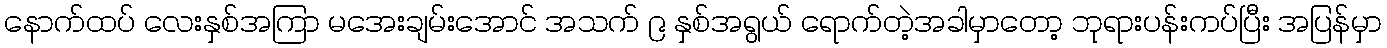
နောက်ထပ် လေးနှစ်အကြာ မအေးချမ်းအောင် အသက် ၉ နှစ်အရွယ် ရောက်တဲ့အခါမှာတော့ ဘုရားပန်းကပ်ပြီး အပြန်မှာ